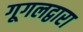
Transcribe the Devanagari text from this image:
गूगलद्वारा